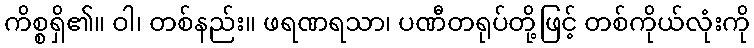
ကိစ္စရှိ၏။ ဝါ၊ တစ်နည်း။ ဖရဏရသာ၊ ပဏီတရုပ်တို့ဖြင့် တစ်ကိုယ်လုံးကို